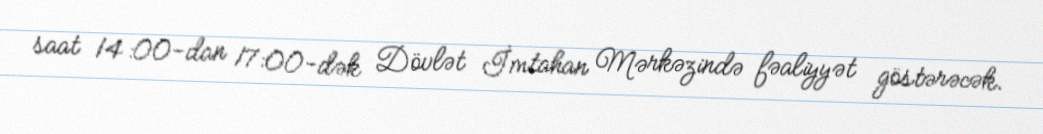
saat 14:00-dan 17:00-dək Dövlət İmtahan Mərkəzində fəaliyyət göstərəcək.